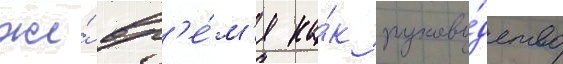
же́ вр'е́м'я ка́к руково́дство